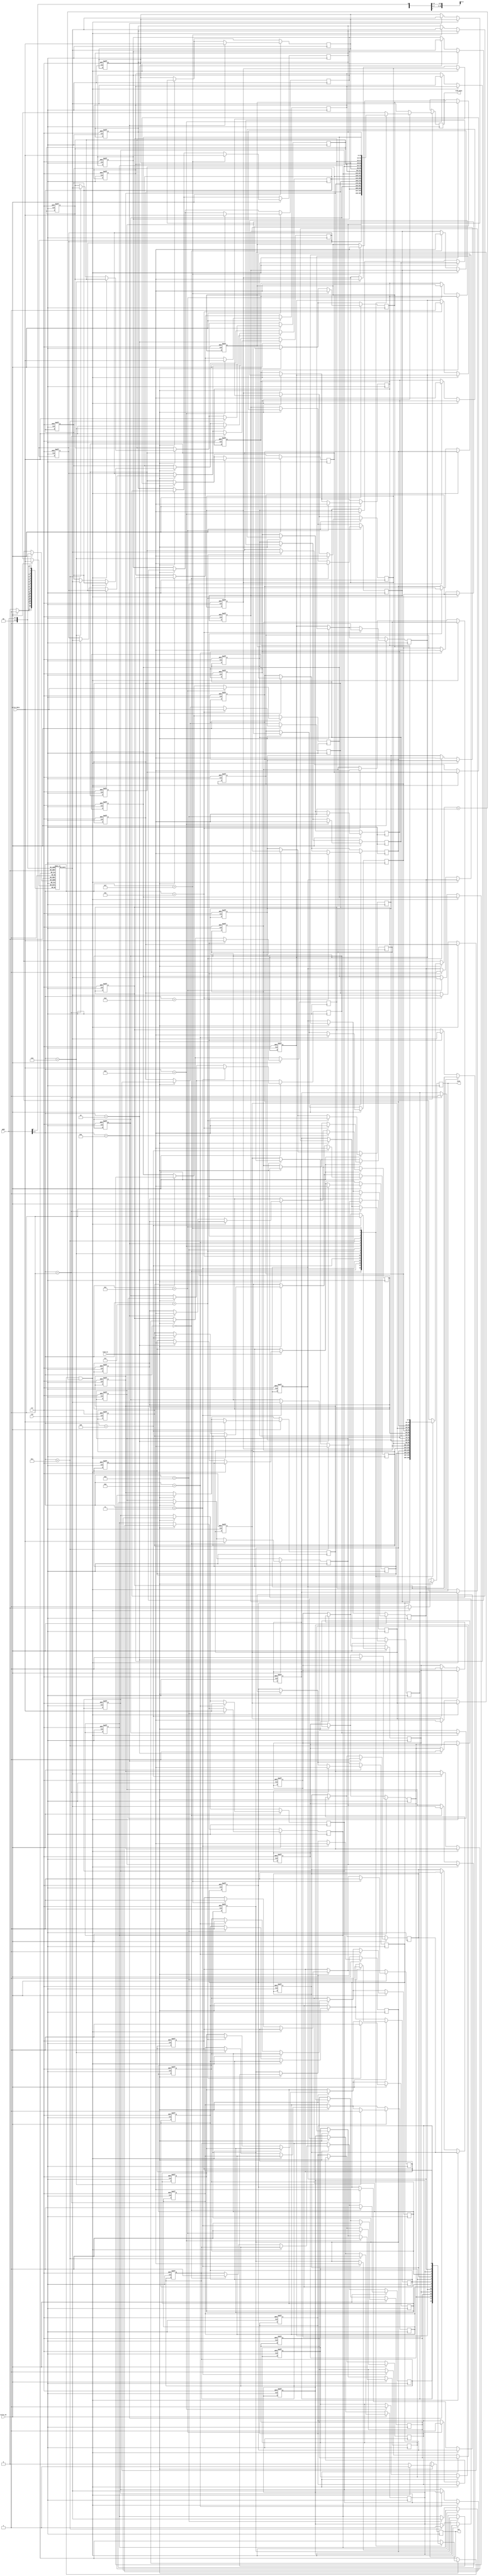
module WriteThroughCache #(
    parameter CACHE_SIZE = 256,  // Cache size in bytes
    parameter BLOCK_SIZE = 16,    // Block size in bytes
    parameter NUM_BLOCKS = CACHE_SIZE / BLOCK_SIZE, // Number of blocks
    parameter ADDR_WIDTH = 8      // Address width (can be adjusted based on CACHE_SIZE)
)(
    input wire clk,
    input wire rst,
    input wire [ADDR_WIDTH-1:0] addr, // Address input
    input wire [BLOCK_SIZE-1:0] write_data, // Data to write
    input wire read_en,                // Read enable
    input wire write_en,               // Write enable
    output reg [BLOCK_SIZE-1:0] read_data, // Data to read
    output reg hit,                    // Cache hit signal
    output reg miss                    // Cache miss signal
);

    // Cache block structure
    reg [BLOCK_SIZE-1:0] cache_data [0:NUM_BLOCKS-1]; // Data array
    reg [ADDR_WIDTH-BLOCK_SIZE-1:0] cache_tag [0:NUM_BLOCKS-1]; // Tag array
    reg valid [0:NUM_BLOCKS-1]; // Valid bits
    reg [BLOCK_SIZE-1:0] main_memory [0:1023]; // Simulated main memory

    wire [ADDR_WIDTH-BLOCK_SIZE-1:0] tag; // Tag from address
    wire [$clog2(NUM_BLOCKS)-1:0] index; // Index from address
    wire [BLOCK_SIZE-1:0] offset; // Offset within the block

    assign tag = addr[ADDR_WIDTH-1:BLOCK_SIZE];
    assign index = addr[$clog2(NUM_BLOCKS)-1:BLOCK_SIZE];
    assign offset = addr[BLOCK_SIZE-1:0];

    // Cache initialization
    integer i;
    always @(posedge clk or posedge rst) begin
        if (rst) begin
            for (i = 0; i < NUM_BLOCKS; i = i + 1) begin
                valid[i] <= 0;
                cache_tag[i] <= 0;
                cache_data[i] <= 0;
            end
        end
    end

    // Read and Write operations
    always @(posedge clk) begin
        if (read_en) begin
            if (valid[index] && (cache_tag[index] == tag)) begin
                // Cache hit
                read_data <= cache_data[index];
                hit <= 1;
                miss <= 0;
            end else begin
                // Cache miss
                read_data <= main_memory[addr]; // Fetch from main memory
                cache_data[index] <= main_memory[addr]; // Update cache
                cache_tag[index] <= tag;
                valid[index] <= 1;
                hit <= 0;
                miss <= 1;
            end
        end

        if (write_en) begin
            // Write-through: update both cache and main memory
            cache_data[index] <= write_data; // Write to cache
            main_memory[addr] <= write_data; // Simultaneously write to memory
            cache_tag[index] <= tag;
            valid[index] <= 1; // Mark the cache line as valid
        end
    end

endmodule